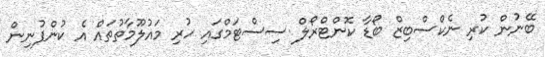
ބޭނުން ކުރި ނެކްސްބިޒް ބޯޑާ ކޮންޓްރޯލް ސިސްޓަމްގައި ހުރި މައުލޫމާތުތައް އެ ކުންފުނިން